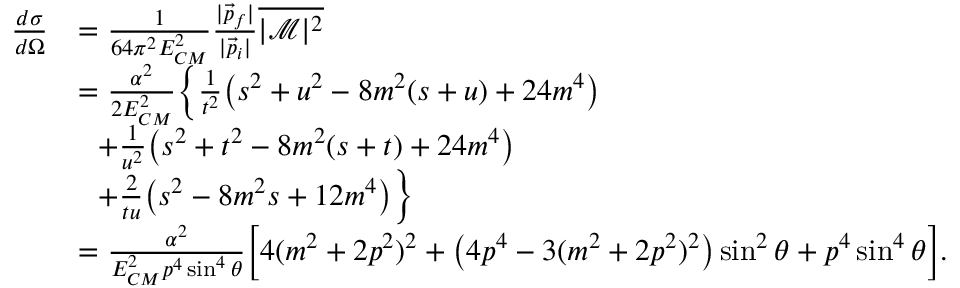
{ \begin{array} { r l } { { \frac { d \sigma } { d \Omega } } } & { = { \frac { 1 } { 6 4 \pi ^ { 2 } E _ { C M } ^ { 2 } } } { \frac { | { \vec { p } } _ { f } | } { | { \vec { p } } _ { i } | } } { \overline { { | { \mathcal { M } } | ^ { 2 } } } } } \\ & { = { \frac { \alpha ^ { 2 } } { 2 E _ { C M } ^ { 2 } } } { \Big \{ \frac { 1 } { t ^ { 2 } } } { \big ( } s ^ { 2 } + u ^ { 2 } - 8 m ^ { 2 } ( s + u ) + 2 4 m ^ { 4 } { \big ) } } \\ & { ~ ~ + { \frac { 1 } { u ^ { 2 } } } { \big ( } s ^ { 2 } + t ^ { 2 } - 8 m ^ { 2 } ( s + t ) + 2 4 m ^ { 4 } { \big ) } } \\ & { ~ ~ + { \frac { 2 } { t u } } { \big ( } s ^ { 2 } - 8 m ^ { 2 } s + 1 2 m ^ { 4 } { \big ) } { \Big \} } } \\ & { = { \frac { \alpha ^ { 2 } } { E _ { C M } ^ { 2 } p ^ { 4 } \sin ^ { 4 } \theta } } { \Big [ } 4 ( m ^ { 2 } + 2 p ^ { 2 } ) ^ { 2 } + { \big ( } 4 p ^ { 4 } - 3 ( m ^ { 2 } + 2 p ^ { 2 } ) ^ { 2 } { \big ) } \sin ^ { 2 } \theta + p ^ { 4 } \sin ^ { 4 } \theta { \Big ] } . } \end{array} }